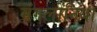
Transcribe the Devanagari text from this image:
मंगलोनिया